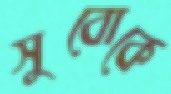
সুবোকে